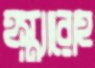
হস্ত্যারোহ